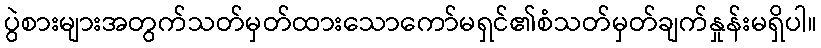
ပွဲစားများအတွက်သတ်မှတ်ထားသောကော်မရှင်၏စံသတ်မှတ်ချက်နှုန်းမရှိပါ။